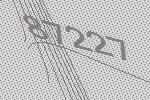
87227